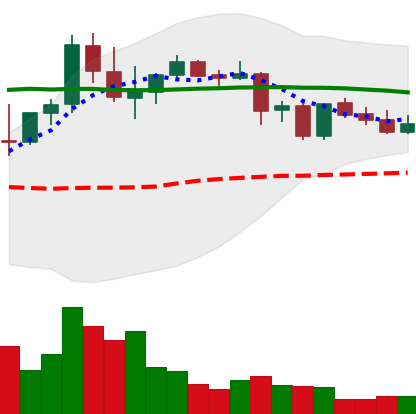
Ticker: DOGE-USD
Chart end date: 2021-08-31
Forward return: 12.955%
Label: up_7plus